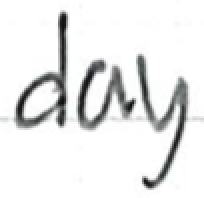
Text: day
Cross-out: clean
Writing tool: ballpoint